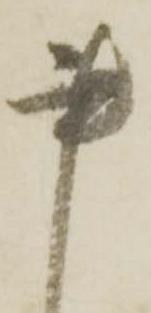
書